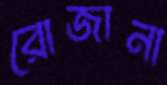
রোজানা